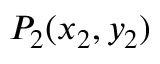
P _ { 2 } ( x _ { 2 } , y _ { 2 } )